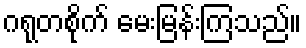
ဂရုတစိုက် မေးမြန်းကြသည်။